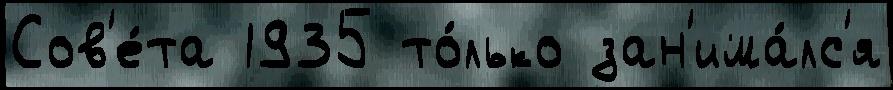
Сов'е́та 1935 то́лько зан'има́лс'я